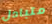
متبادل